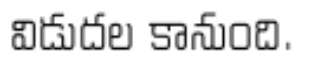
విడుదల కానుంది.